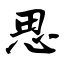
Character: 思